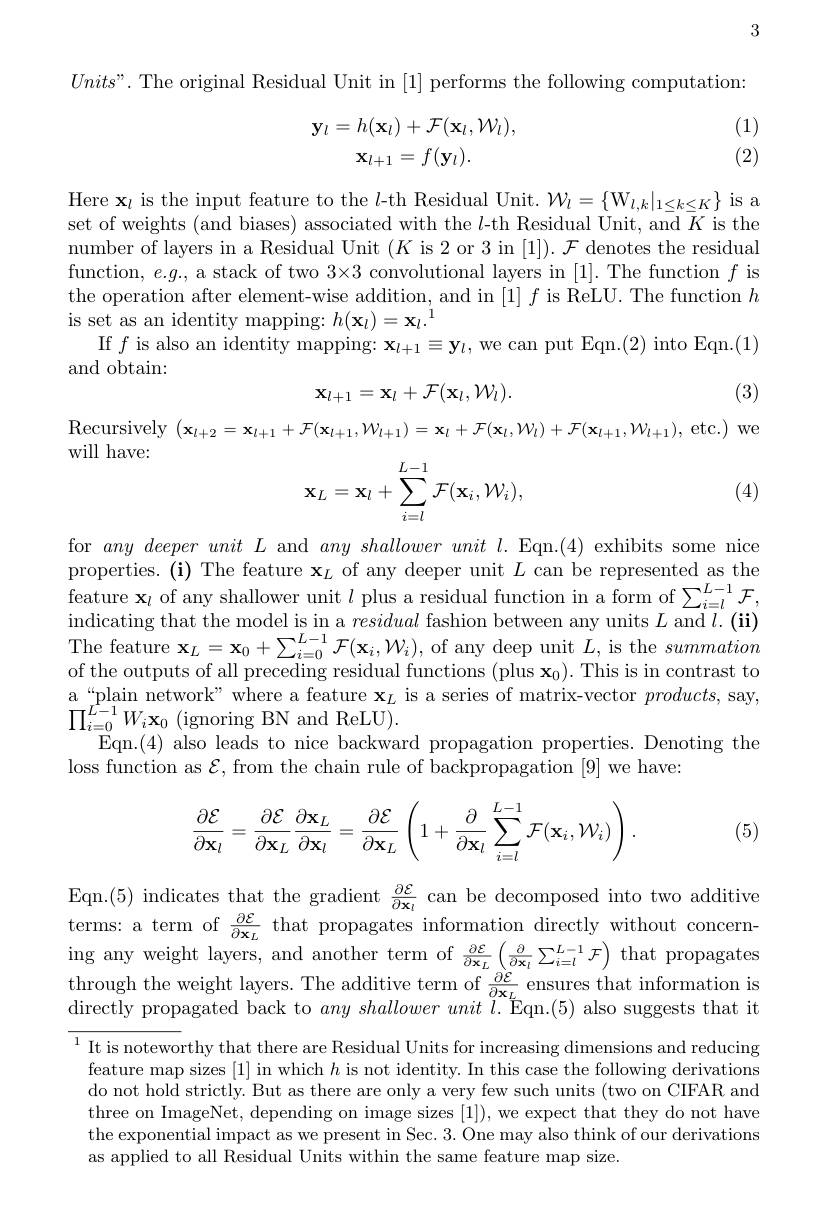
3

$Units”.$ The original Residual Unit in [1] performs the following computation:
$$\begin{array}{c}\mathbf{y}_l=h(\mathbf{x}_l)+\mathcal{F}(\mathbf{x}_l,\mathcal{W}_l),\\\mathbf{x}_{l+1}=f(\mathbf{y}_l).\end{array}$$
(1) (2)

Here $\mathbf{x}_l$ is the input feature to the $l$-th Residual Unit. $\mathcal{W}_l=\{\mathrm{W}_l,k|_{1\leq k\leq K}\}$ is a set of weights (and biases) associated with the $l$-th Residual Unit, and $K$ is the number of layers in a Residual Unit $(K$ is 2 or 3 in [1]). {F}\:denotes the residual function, $e.g.$, a stack of two $3\times3$ convolutional layers in [1]. The function $f$ is the operation after element-wise addition, and in $[1]f$ is ReLU. The function $h$ is set as an identity mapping: $h(\mathbf{x}_l)=\mathbf{x}_l.^1$
If $f$ is also an identity mapping: $\mathbf{x}_{l+1}\equiv\mathbf{y}_l$,we can put Eqn.(2) into Eqn.(1)
and obtain:
$$\mathbf{x}_{l+1}=\mathbf{x}_{l}+\mathcal{F}(\mathbf{x}_{l},\mathcal{W}_{l}).$$
(3)

Recursively $( \mathbf{x} _{l+ 2}= \mathbf{x} _{l+ 1}+ \mathcal{F} ( \mathbf{x} _{l+ 1}, \mathcal{W} _{l+ 1}) = \mathbf{x} _{l}+ \mathcal{F} ( \mathbf{x} _{l}, \mathcal{W} _{l}) + \mathcal{F} ( \mathbf{x} _{l+ 1}, \mathcal{W} _{l+ 1}) $,etc.) we

will have:
$$\mathbf{x}_{L}=\mathbf{x}_{l}+\sum_{i=l}^{L-1}\mathcal{F}(\mathbf{x}_{i},\mathcal{W}_{i}),$$
(4)

$\begin{array}{l}{\mathrm{for~}any~deeper~unit~L~\mathrm{and~}any~shallower~unit~l.~Eqn.(4)~exhibits~some~nice}\\{\mathrm{properties.~(i)~The~feature~x_{L}~of~any~deeper~unit~}L~can~be~represented~as~the}\end{array}$ feature $\mathbf{x}_l$ of any shallower unit $l$ plus a residual function in a form of $\sum_i=l^{L-1}\mathcal{F}$, indicating that the model is in a residual fashion between any units $L$ and $l.(\mathbf{i}\mathbf{i})$ The feature $\mathbf{x} _{L}= \mathbf{x} _{0}+ \sum _{i= 0}^{L- 1}\mathcal{F} ( \mathbf{x} _{i}, \mathcal{W} _{i}) $, of any deep unit $L$, is the summation $\text{of the outputs of all preceding residual functions ( plus x}_{0}) .$ This is in contrast to a “plain network” where a feature $\mathbf{x}_L$ is a series of matrix-vector $products$, say, $\prod_{i=0}^{L-1}W_{i}\mathbf{x}_{0}$(ignoring BN and ReLU).
Eqn.(4) also leads to nice backward propagation properties. Denoting the
loss function as $\mathcal{E}$, from the chain rule of backpropagation [9] we have:
$$\dfrac{\partial\mathcal{E}}{\partial\mathbf{x}_l}=\dfrac{\partial\mathcal{E}}{\partial\mathbf{x}_L}\dfrac{\partial\mathbf{x}_L}{\partial\mathbf{x}_l}=\dfrac{\partial\mathcal{E}}{\partial\mathbf{x}_L}\left(1+\dfrac{\partial}{\partial\mathbf{x}_l}\sum_{i=l}^{L-1}\mathcal{F}(\mathbf{x}_i,\mathcal{W}_i)\right).$$
(5)

Eqn.(5) indicates that the gradient $\frac{\partial\mathcal{E}}{\partial\mathbf{x}_{l}}$ can be decomposed into two additive terms: a term of $\frac{\partial\mathcal{E}}{\partial\mathbf{x}_{L}}$ that propagates information directly without concern- $\begin{array}{c}{0\mathbf{x}_{L}}\\{\mathrm{ing~any~weight~layers,~and~another~term~of~\frac{\partial\mathcal{E}}{\partial\mathbf{x}_{L}}\left(\frac{\partial}{\partial\mathbf{x}_{l}}\sum_{i=l}^{L-1}\mathcal{F}\right)~that~propagates}}\\{\mathrm{ing~any~weight~layers,~and~another~term~of~\frac{\partial\mathcal{E}}{\partial\mathbf{x}_{L}}\left(\frac{\partial}{\partial\mathbf{x}_{l}}\sum_{i=l}^{L-1}{\mathcal{F}}\right)~that~propagates}}\end{array}$ $\begin{array}{c}{\text{through the weight layers. The additive term of }\frac{\partial\dot{\varepsilon}}{\partial\mathbf{x}_{L}}}\\{\text{ensures that information is}}\\{\text{through the weight layers. The additive term of }\frac{\partial\dot{\varepsilon}}{\partial\mathbf{x}_{L}}}\end{array}$ directly propagated back to $any\textit{shallower unit l. Eqn. ( 5) also suggests that it}$ $^{1}$ It is noteworthy that there are Residual Units for increasing dimensions and reducing feature map sizes [1] in which $h$ is not identity. In this case the following derivations do not hold strictly. But as there are only a very few such units (two on CIFAR and three on ImageNet, depending on image sizes [1]),we expect that they do not have the exponential impact as we present in Sec. 3. One may also think of our derivations as applied to all Residual Units within the same feature map size.